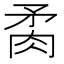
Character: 𦚇